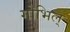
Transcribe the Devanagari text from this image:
गोभिल्